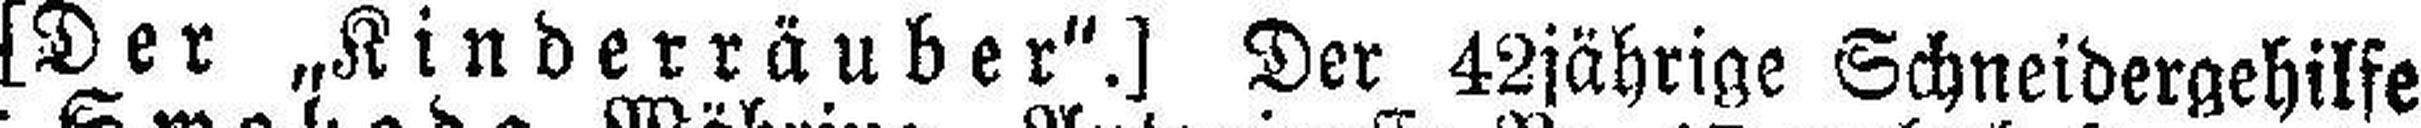
[Der „Kinderräuber“.] Der 42jährige Schneidergehilfe